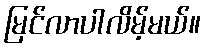
မြင်လာပါလိမ့်မယ်။